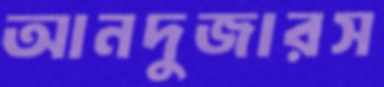
আনদুজারস